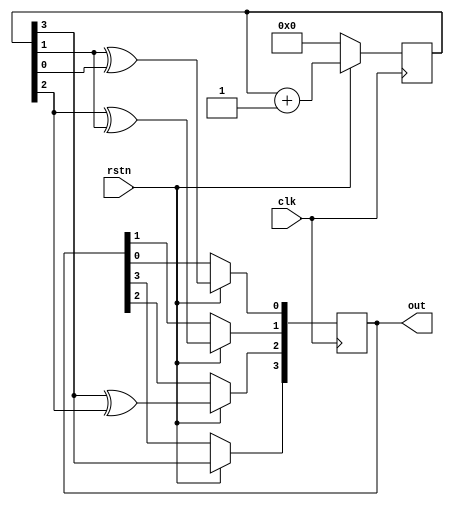
module gray_counter #(parameter N = 4)(
  input clk, rstn,
  output reg [N-1:0] out
);
  reg [N-1:0] q;
  integer i;
  always @(posedge clk) begin
    if(!rstn)
      q <= 0;
    else begin
      q <= q + 1;
      out[N-1] = q[N-1];
      for(i = 0; i < N-1; i = i + 1)
        out[i] <= q[i+1] ^ q[i];
    end
  end
endmodule